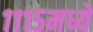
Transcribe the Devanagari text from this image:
१११५मध्ये